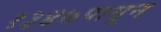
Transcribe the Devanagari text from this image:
१३४७पासून